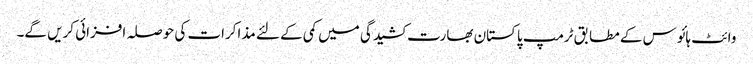
وائٹ ہائوس کے مطابق ٹرمپ پاکستان بھارت کشیدگی میں کمی کے لئے مذاکرات کی حوصلہ افزائی کریں گے۔